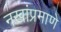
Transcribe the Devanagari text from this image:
नखांप्रमाणे